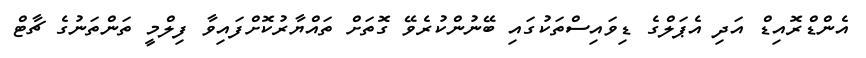
އެންޑްރޮއިޑް އަދި އެޕަލްގެ ޑިވައިސްތަކުގައި ބޭނުންކުރެވޭ ގޮތަށް ތައްޔާރުކޮށްފައިވާ ފިލްމީ ތަންތަނުގެ ޗާޓް